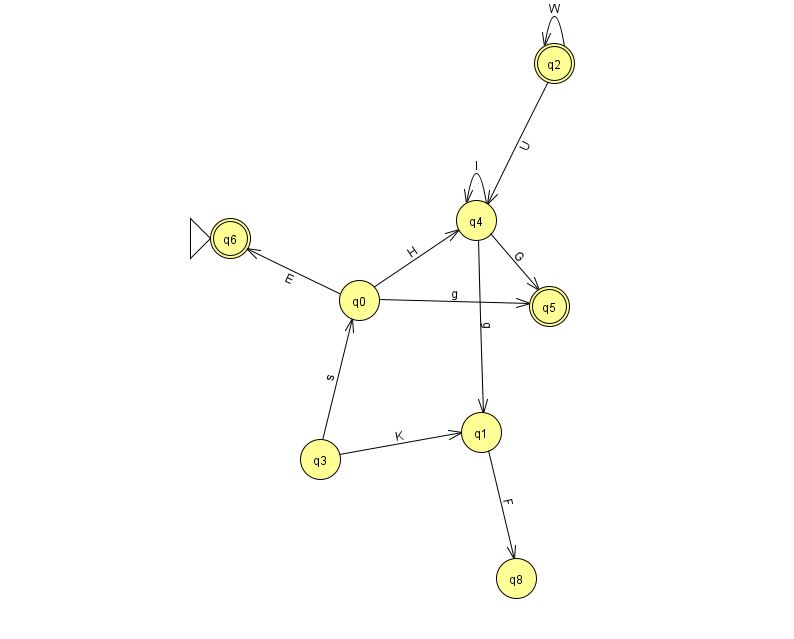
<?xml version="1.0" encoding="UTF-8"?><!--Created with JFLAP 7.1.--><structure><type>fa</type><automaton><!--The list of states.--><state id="0" name="q0"><x>359.0</x><y>287.0</y></state><state id="1" name="q1"><x>481.0</x><y>419.0</y></state><state id="2" name="q2"><x>554.0</x><y>50.0</y><final/></state><state id="3" name="q3"><x>320.0</x><y>446.0</y></state><state id="4" name="q4"><x>476.0</x><y>207.0</y></state><state id="5" name="q5"><x>549.0</x><y>293.0</y><final/></state><state id="6" name="q6"><x>230.0</x><y>225.0</y><initial/><final/></state><state id="8" name="q8"><x>516.0</x><y>565.0</y></state><!--The list of transitions.--><transition><from>1</from><to>8</to><read>F</read></transition><transition><from>4</from><to>5</to><read>G</read></transition><transition><from>0</from><to>5</to><read>g</read></transition><transition><from>0</from><to>6</to><read>E</read></transition><transition><from>3</from><to>1</to><read>K</read></transition><transition><from>2</from><to>4</to><read>U</read></transition><transition><from>4</from><to>1</to><read>g</read></transition><transition><from>2</from><to>2</to><read>W</read></transition><transition><from>3</from><to>0</to><read>s</read></transition><transition><from>0</from><to>4</to><read>H</read></transition><transition><from>4</from><to>4</to><read>l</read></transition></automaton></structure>